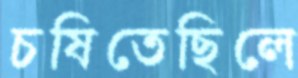
চষিতেছিলে